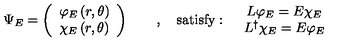
\Psi _ { E } = \left( \begin{array} { c } { \varphi _ { E } \left( r , \theta \right) } \\ { \chi _ { E } \left( r , \theta \right) } \\ \end{array} \right) \qquad , \quad \mathrm { s a t i s f y : } \quad \begin{array} { c } { L \varphi _ { E } = E \chi _ { E } } \\ { L ^ { \dag } \chi _ { E } = E \varphi _ { E } } \\ \end{array}